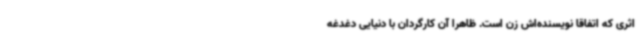
اثری که اتفاقا نویسنده‌اش زن است. ظاهرا آن کارگردان با دنیایی دغدغه